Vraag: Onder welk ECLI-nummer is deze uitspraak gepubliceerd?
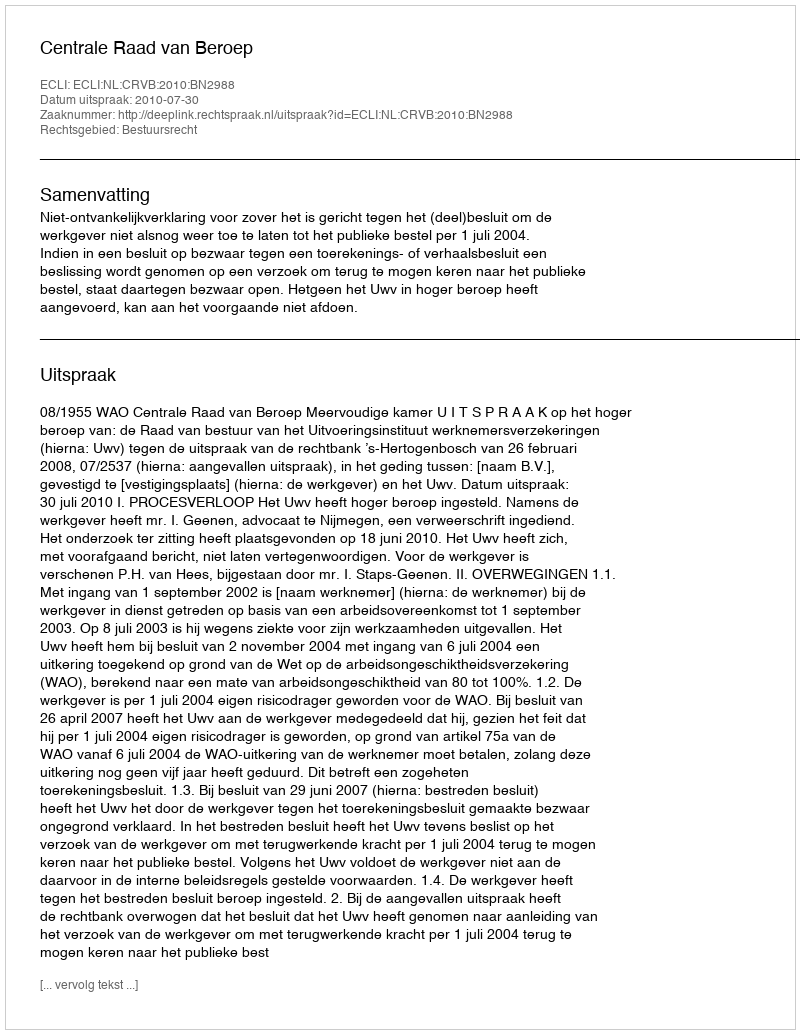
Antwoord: ECLI:NL:CRVB:2010:BN2988